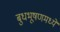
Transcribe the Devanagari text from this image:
बुधभूषणमध्ये